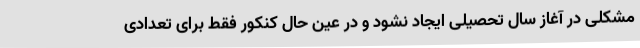
مشکلی در آغاز سال تحصیلی ایجاد نشود و در عین حال کنکور فقط برای تعدادی